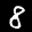
Label: 8